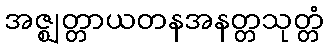
အဇ္ဈတ္တာယတနအနတ္တသုတ္တံ